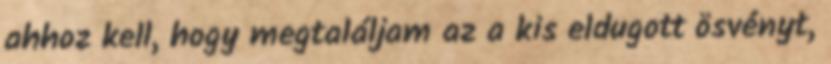
ahhoz kell, hogy megtaláljam az a kis eldugott ösvényt,